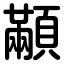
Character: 顢